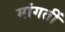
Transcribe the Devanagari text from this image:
मांगतीं